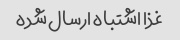
غذا اشتباه ارسال شده